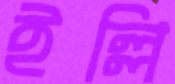
ইল্লি